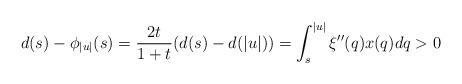
LaTeX: \begin{align*} {d}(s)- {\phi}_{|u|}(s) = \frac{2t}{1+t}( {d}(s)- {d}(|u|))=\int_s^{|u|} \xi''(q) {x}(q) dq >0\end{align*}